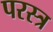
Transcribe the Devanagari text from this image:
परस्त्र